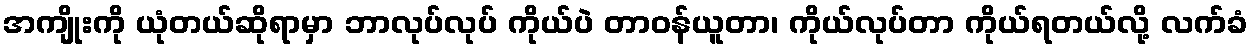
အကျိုးကို ယုံတယ်ဆိုရာမှာ ဘာလုပ်လုပ် ကိုယ်ပဲ တာဝန်ယူတာ၊ ကိုယ်လုပ်တာ ကိုယ်ရတယ်လို့ လက်ခံ